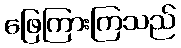
ဖြေကြားကြသည်